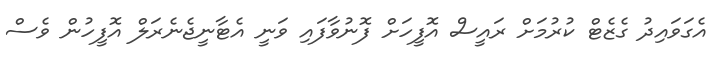
އެގަވައިދު ގެޒެޓް ކުރުމަށް ރައީސް އޮފީހަށް ފޮނުވާފައި ވަނީ އެޓާނީޖެނެރަލް އޮފީހުން ވެސް